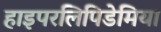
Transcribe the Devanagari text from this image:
हाइपरलिपिडेमिया